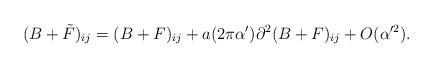
LaTeX: \begin{align*}(B+ \tilde{F})_{ij}= (B+F)_{ij} + a (2 \pi \alpha') \partial^2 (B+F)_{ij}+ O(\alpha'^2).\end{align*}